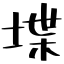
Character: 堞